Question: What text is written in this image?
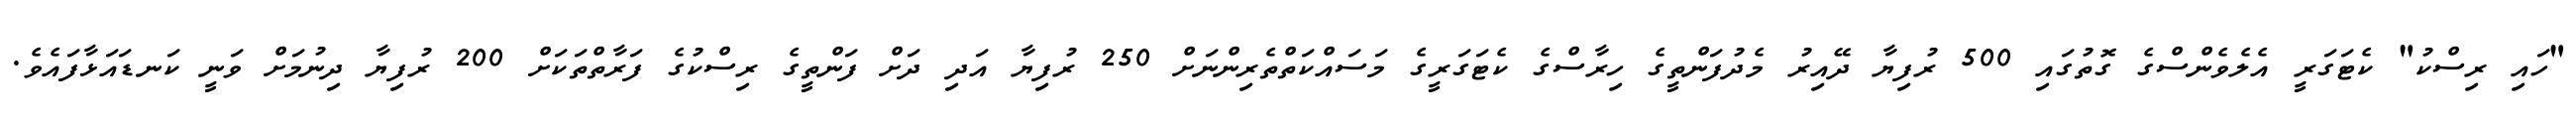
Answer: "ހައި ރިސްކު" ކެޓަގަރީ އެލެވެންސްގެ ގޮތުގައި 500 ރުފިޔާ ދޭއިރު މެދުފަންތީގެ ހިރާސްގެ ކެޓަގަރީގެ މަސައްކަތްތެރިންނަށް 250 ރުފިޔާ އަދި ދަށް ފަންތީގެ ރިސްކުގެ ފަރާތްތަކަށް 200 ރުފިޔާ ދިނުމަށް ވަނީ ކަނޑައަޅާފައެވެ.